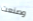
وصنعت